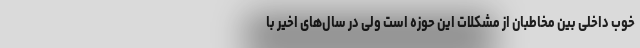
خوب داخلی بین مخاطبان از مشکلات این حوزه است ولی در سال‌های اخیر با